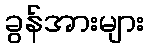
ခွန်အားများ